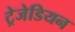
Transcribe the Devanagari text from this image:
ट्रेजेडियन